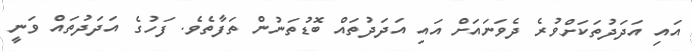
އައި އަދަދުތަކަށްވުރެ ދެވަނައަށް އައި އަދަދުތައް ބޮޑުތަނުން ތަފާތެވެ. ފަހުގެ އަދަދުތައް ވަނީ